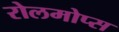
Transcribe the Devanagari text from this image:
रोलमोप्स